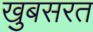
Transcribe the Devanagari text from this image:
खुबसरत